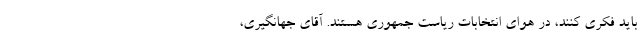
باید فکری کنند، در هوای انتخابات ریاست جمهوری هستند. آقای جهانگیری،